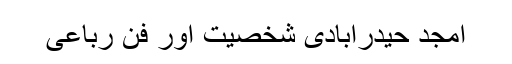
امجد حیدرآبادی شخصیت اور فنِ رباعی